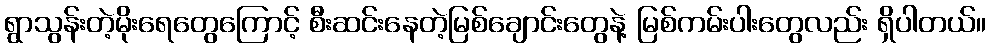
ရွာသွန်းတဲ့မိုးရေတွေကြောင့် စီးဆင်းနေတဲ့မြစ်ချောင်းတွေနဲ့ မြစ်ကမ်းပါးတွေလည်း ရှိပါတယ်။